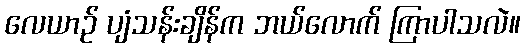
လေယာဉ် ပျံသန်းချိန်က ဘယ်လောက် ကြာပါသလဲ။